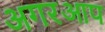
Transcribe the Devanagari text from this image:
अगरआप